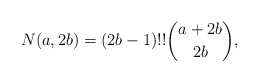
\begin{gather*} N(a,2b)= (2 b-1) !! {a+2 b \choose 2 b}, \end{gather*}